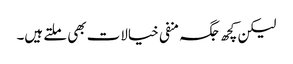
لیکن کچھ جگہ منفی خیالات بھی ملتے ہیں۔